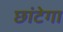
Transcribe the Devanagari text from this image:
छांटेगा